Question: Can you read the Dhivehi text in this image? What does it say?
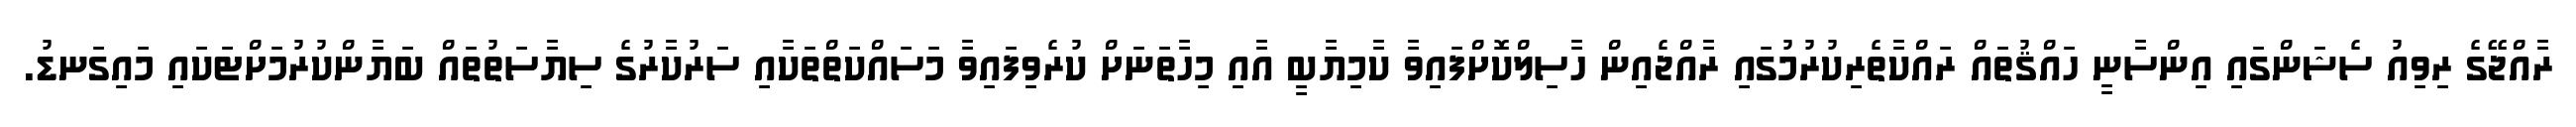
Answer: ރާއްޖޭގެ ރިވިއު ސެޝަންގައި އިންސާނީ ހައްޤުތައް ރައްކާތެރިކުރުމުގައި ރާއްޖެއިން ހާސިލްކޮށްފައިވާ ކާމިޔާބީ އާއި މިހާތަނަށް ކުރެވިފައިވާ މަސައްކަތްތަކާއި ސަރުކާރުގެ ސިޔާސަތުތައް ބަޔާންކުރުމަށްޓަކައި މައިގަނޑު.